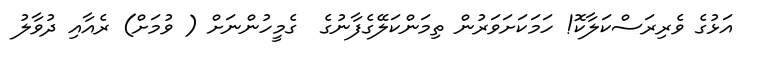
އަޅުގެ ވެރިރަސްކަލާކޮ! ހަމަކަށަވަރުން ތިމަންކަލޭގެފާނުގެ  ގެމީހުންނަށް ( ވުމަށް) ރެއާއި ދުވާލު